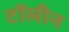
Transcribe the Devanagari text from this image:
टॉलीन